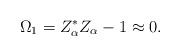
LaTeX: \begin{align*}\Omega_{1}=Z_{\alpha}^{*}Z_{\alpha} - 1\approx 0. \end{align*}